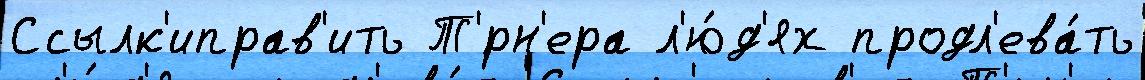
Ссылк'иправ'ить Т'́рн'ера л'ю́д'ях продл'ева́ть